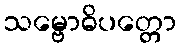
သမ္ဗောဓိပတ္တော